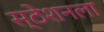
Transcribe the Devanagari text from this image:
स्ठेशनला